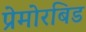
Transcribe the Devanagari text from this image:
प्रेमोरबिड